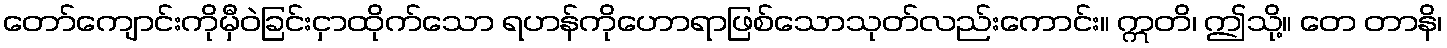
တော်ကျောင်းကိုမှီဝဲခြင်းငှာထိုက်သော ရဟန်ကိုဟောရာဖြစ်သောသုတ်လည်းကောင်း။ ဣတိ၊ ဤသို့။ တေ တာနိ၊